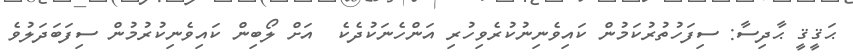
ޙަޤީޤީ ޙާދިސާ: ސިފަހުތުރުކަމުން ކައިވެނިނުކުރެވިހުރި އަންހެނަކުދެކެ  އަށް ލޯބިން ކައިވެނިކުރުމުން ސިފަބަދަލުވެ